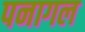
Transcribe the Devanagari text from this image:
पनागल